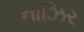
નાઝિર